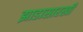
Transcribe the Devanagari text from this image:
झाडासारखी